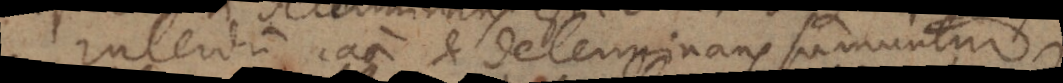
Interdum causa et determinans sumuntur